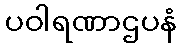
ပဝါရဏာဌပနံ